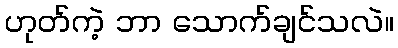
ဟုတ်ကဲ့ ဘာ သောက်ချင်သလဲ။